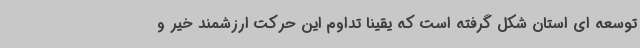
توسعه ای استان شکل گرفته است که یقینا تداوم این حرکت ارزشمند خیر و